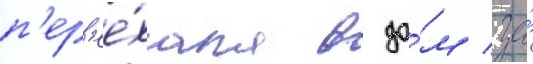
п'ер'ее́хала в до́м за́